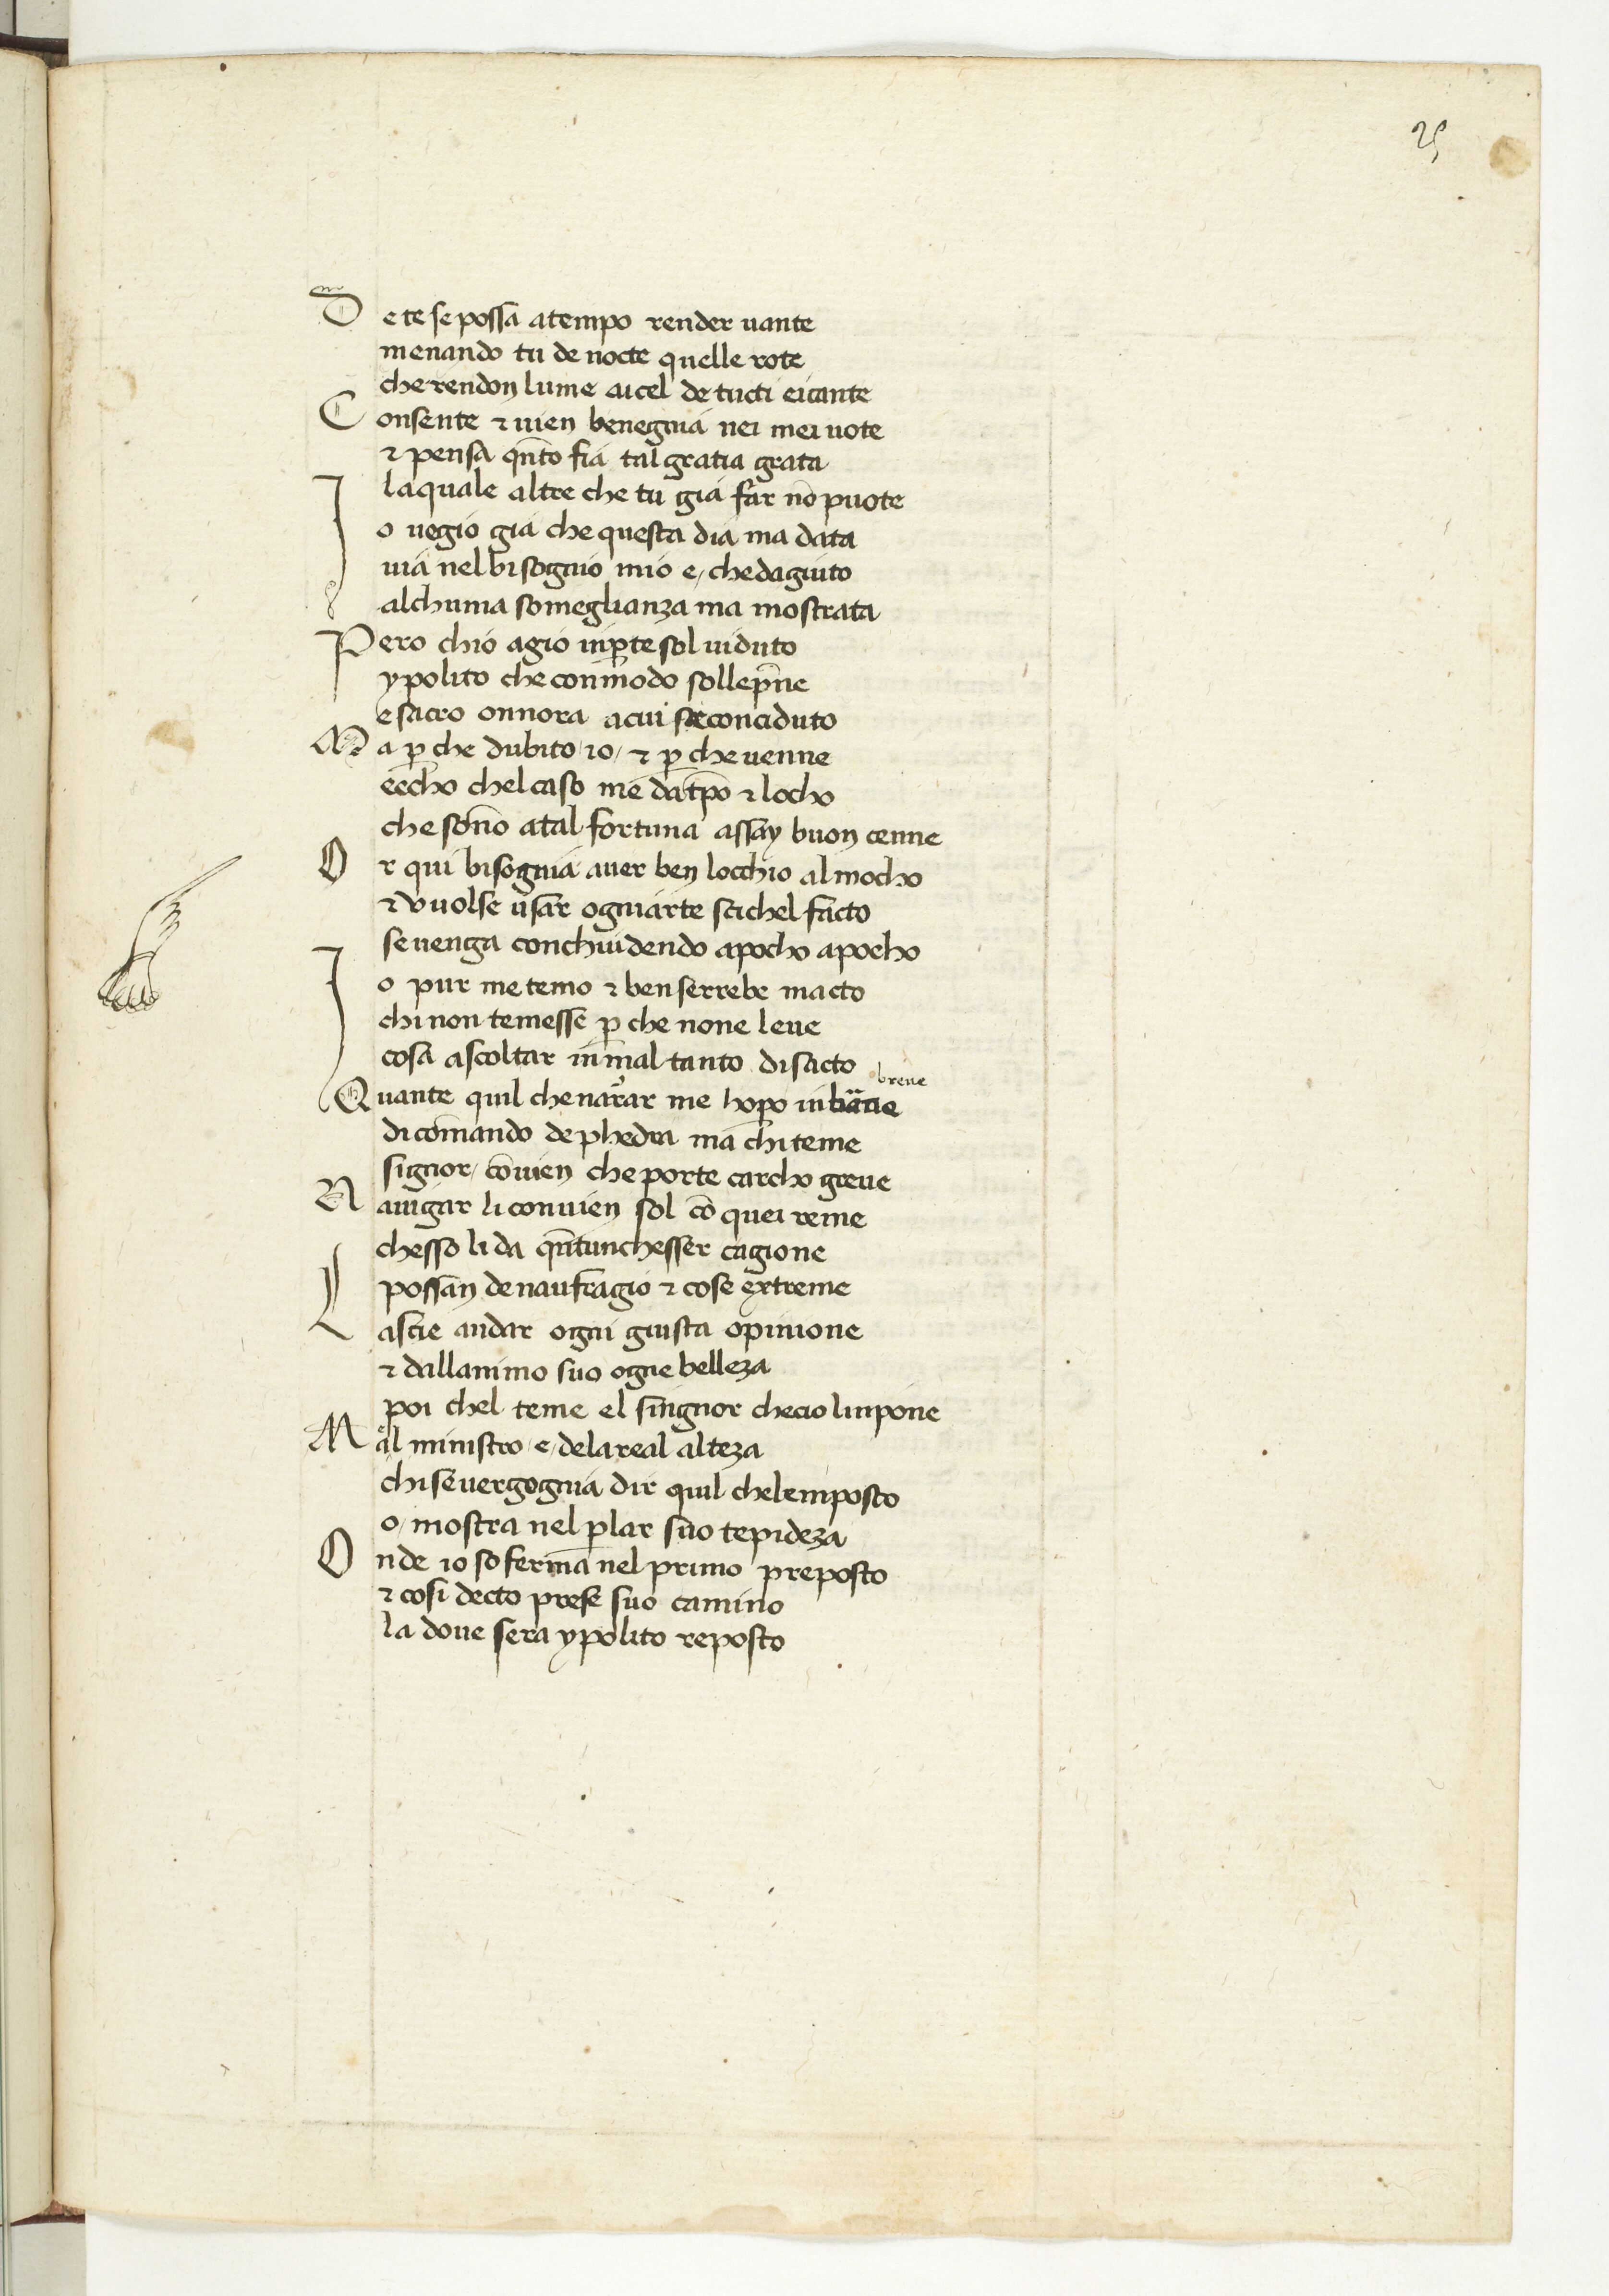
Shelfmark: Paris, BnF, ita. 594
Century: 15